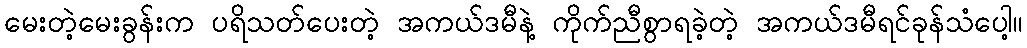
မေးတဲ့မေးခွန်းက ပရိသတ်ပေးတဲ့ အကယ်ဒမီနဲ့ ကိုက်ညီစွာရခဲ့တဲ့ အကယ်ဒမီရင်ခုန်သံပေါ့။